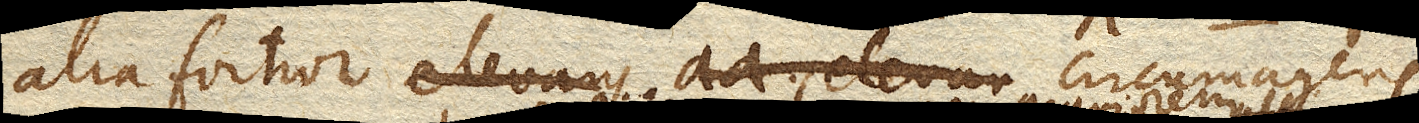
alia fortior elevans aa. elevan circumagens